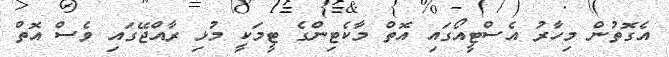
އެގޮތުން މިހާރު އެސްޓީއޯގައި އޮތް މާކެޓިންގެ ޓީމަކީ މުޅި ރާއްޖޭގައި ވެސް އޮތް